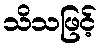
သိသဖြင့်